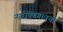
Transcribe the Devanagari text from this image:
नारायणगावची